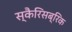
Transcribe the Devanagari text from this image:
स्कैरिसब्रिक